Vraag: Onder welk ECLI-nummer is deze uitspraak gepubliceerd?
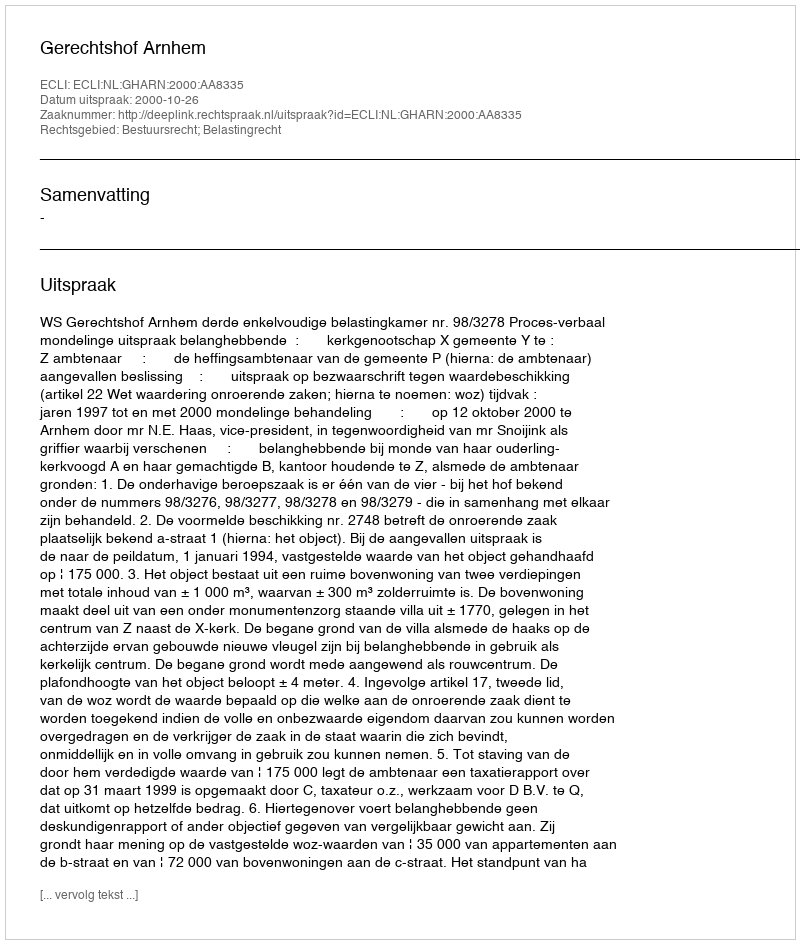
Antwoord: ECLI:NL:GHARN:2000:AA8335